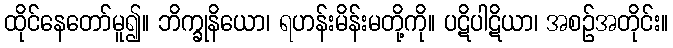
ထိုင်နေတော်မူ၍။ ဘိက္ခုနိယော၊ ရဟန်းမိန်းမတို့ကို။ ပဋိပါဋိယာ၊ အစဉ်အတိုင်း။